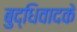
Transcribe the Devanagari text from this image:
बुद्धिवादके